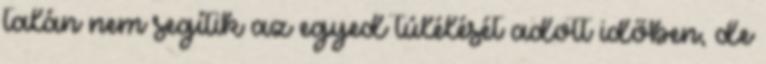
talán nem segítik az egyed túlélését adott időben, de